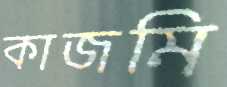
কাজমি